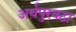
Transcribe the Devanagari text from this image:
अर्थपुरवठा